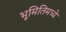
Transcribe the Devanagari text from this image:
भूमितिमध्ये